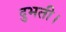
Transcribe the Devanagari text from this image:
दुभती।